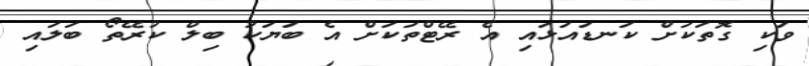
ވަކި ގޮތަކަށް ކަނޑައަޅައި އެ ރޭޓްތަކަށް އެ ބަޔަކު ބިލް ކުރޭތޯ ބަލައި